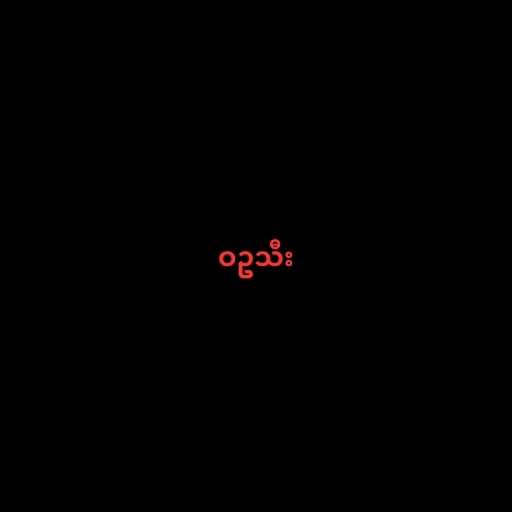
ဝဥသီး